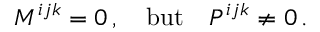
M ^ { i j k } = 0 \, , \quad \mathrm { b u t } \quad P ^ { i j k } \ne 0 \, .